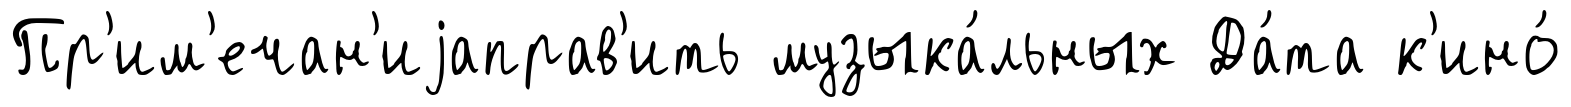
Пр'им'ечан'иjаправ'ить музыка́льных Да́та к'ино́